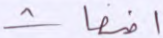
أضغاث